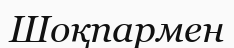
Шоқпармен